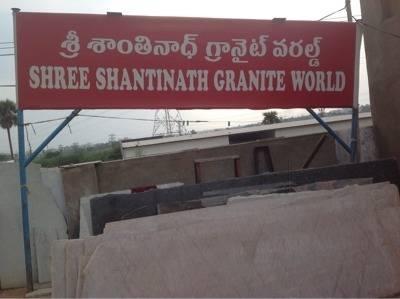
Language: telugu
Transcription: శాంతినాధ్ శ్రీ గ్రానైట్ వరల్డ్